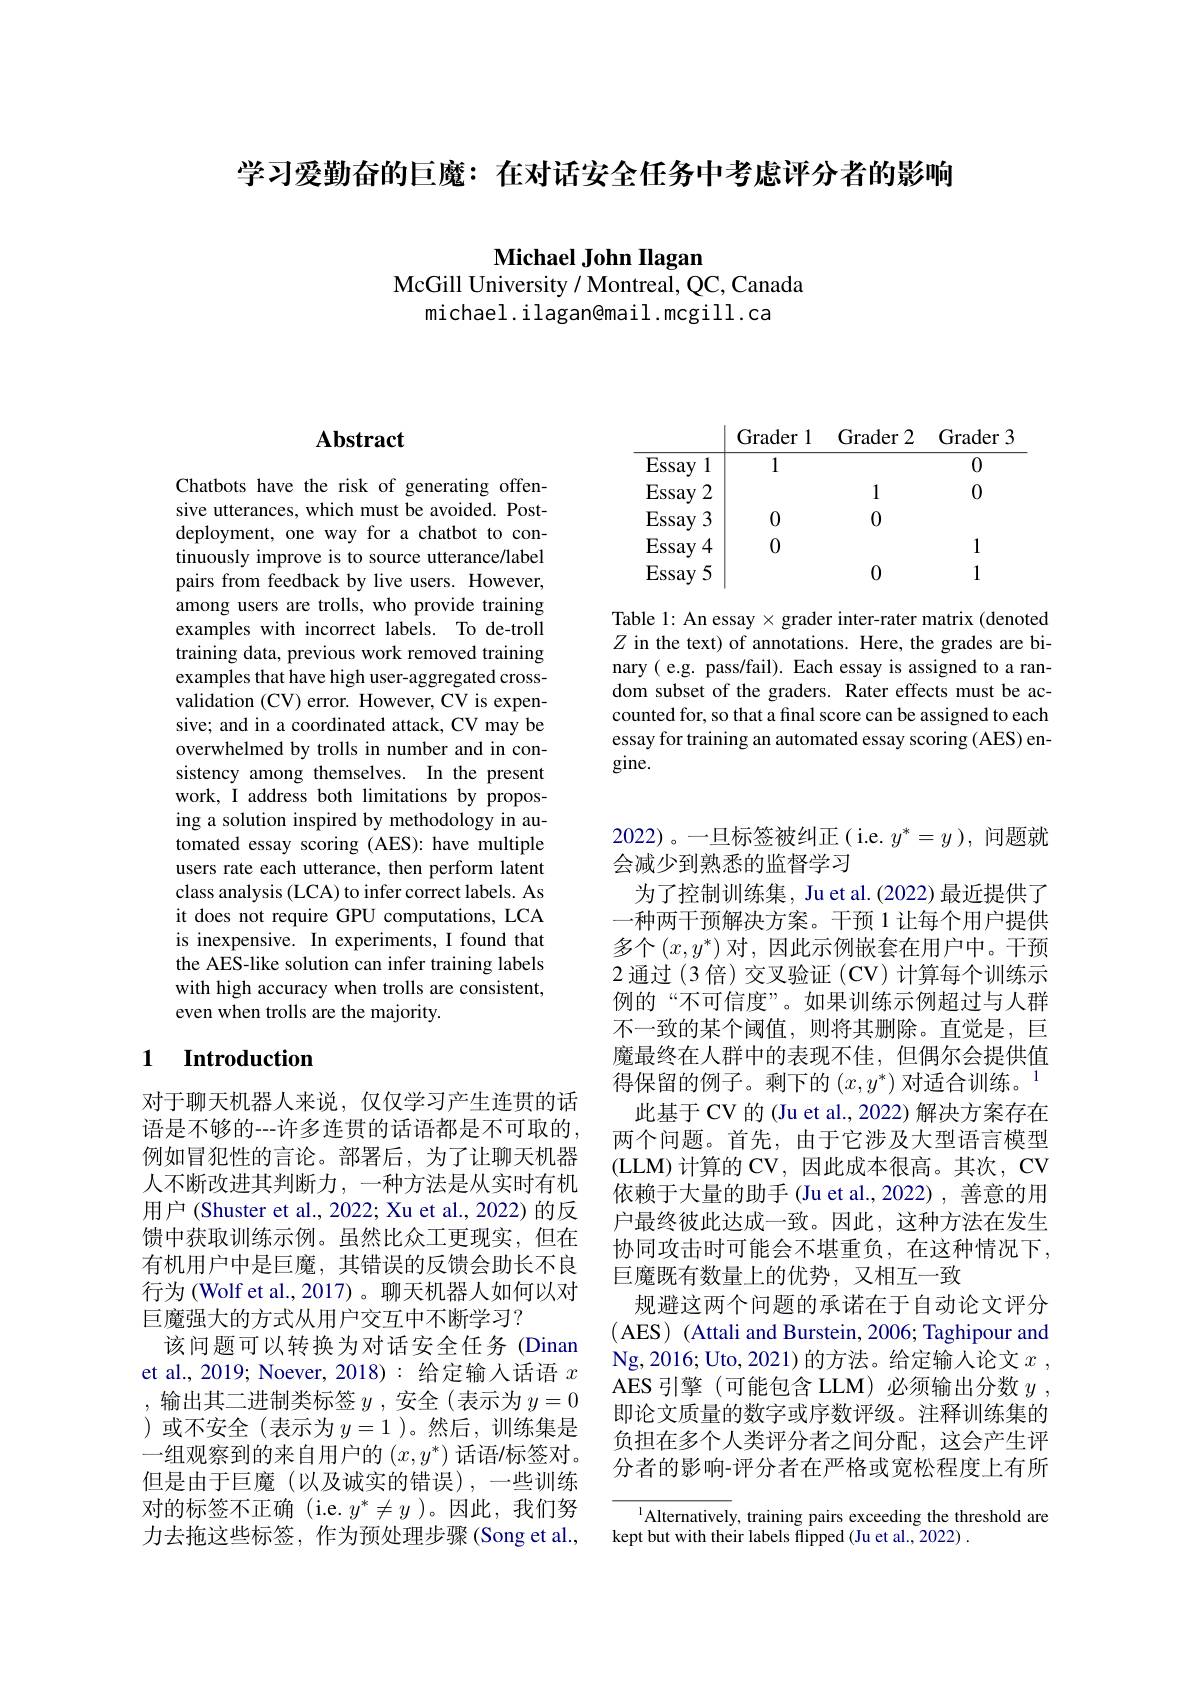
学习爱勤奋的巨魔：在对话安全任务中考虑评分者的影响

Michael John Ilagan
McGill University / Montreal, QC, Canada
michael. ilagan@mail. mcgill. ca

## Abstract

Chatbots have the risk of generating offensive utterances, which must be avoided. Postdeployment, one way for a chatbot to continuously improve is to source utterance/label pairs from feedback by live users. However, among users are trolls, who provide training examples with incorrect labels. To de-troll training data, previous work removed training examples that have high user-aggregated crossvalidation (CV) error. However, CV is expensive; and in a coordinated attack, CV may be overwhelmed by trolls in number and in consistency among themselves. In the present work, I address both limitations by proposing a solution inspired by methodology in automated essay scoring (AES): have multiple users rate each utterance, then perform latent class analysis (LCA) to infer correct labels. As it does not require GPU computations, LCA is inexpensive. In experiments, I found that the AES-like solution can infer training labels with high accuracy when trolls are consistent, even when trolls are the majority.

### 1 Introduction

对于聊天机器人来说，仅仅学习产生连贯的话语是不够的---许多连贯的话语都是不可取的， 例如冒犯性的言论。部署后，为了让聊天机器人不断改进其判断力，一种方法是从实时有机用户 (Shuster et al., 2022; Xu et al., 2022) 的反馈中获取训练示例。虽然比众工更现实，但在有机用户中是巨魔，其错误的反馈会助长不良行为(Wolf et al.,2017)。聊天机器人如何以对巨魔强大的方式从用户交互中不断学习？
该问题可以转换为对话安全任务 (Dinan et al., 2019; Noever, 2018): 给定输入话语$x$ 输出其二进制类标签$y$ ,安全 (表示为$y=0$
)或不安全(表示为$y=1$ )。然后，训练集是一组观察到的来自用户的$(x,y^*)$话语/标签对。但是由于巨魔(以及诚实的错误),一些训练对的标签不正确 (i.e.$y^*\neq y$ )。因此，我们努力去拖这些标签，作为预处理步骤(Song et al.,

Grader 1
Grader 2
Grader 3
0
1
0
$\overline{\begin{aligned}&\text{Essay }1&&1\\&\text{Essay }2\\&\text{Essay }3&&0\end{aligned}}$
0
0
1
Essay 4
0
1
Essay 5

Table 1: An essay $\times$ grader inter-rater matrix (denoted $Z$ in the text) of annotations. Here, the grades are binary( e.g. pass/fail). Each essay is assigned to a random subset of the graders. Rater effects must be accounted for, so that a final score can be assigned to each essay for training an automated essay scoring (AES) engine.

2022)。一旦标签被纠正(i.e. $y^*=y$),问题就
会减少到熟悉的监督学习
为了控制训练集，Ju et al.(2022) 最近提供了一种两干预解决方案。干预 1 让每个用户提供多个$\left(x,y^*\right)$对，因此示例嵌套在用户中。干预2 通过 (3 倍) 交叉验证 (CV) 计算每个训练示例的“不可信度”。如果训练示例超过与人群不一致的某个阈值，则将其删除。直觉是，巨魔最终在人群中的表现不佳，但偶尔会提供值得保留的例子。剩下的$(x,y^*)$对适合训练。1
此基于 CV 的 (Ju et al., 2022) 解决方案存在两个问题。首先，由于它涉及大型语言模型(LLM) 计算的 CV,因此成本很高。其次，CV 依赖于大量的助手(Ju et al.,2022),善意的用户最终彼此达成一致。因此，这种方法在发生协同攻击时可能会不堪重负，在这种情况下， 巨魔既有数量上的优势，又相互一致
规避这两个问题的承诺在于自动论文评分( AES) (Attali and Burstein, 2006; Taghipour and Ng, 2016; Uto, 2021) 的 方 法 。给 定 输 入 论 文 $x$ , AES 引 擎 ( 可 能 包 含 LLM) 必 须 输 出 分 数 $y$ , 即论文质量的数字或序数评级。注释训练集的负担在多个人类评分者之间分配，这会产生评分者的影响-评分者在严格或宽松程度上有所

$^{1}$Alternatively, training pairs exceeding the threshold are
kept but with their labels flipped (Ju et al., 2022) .